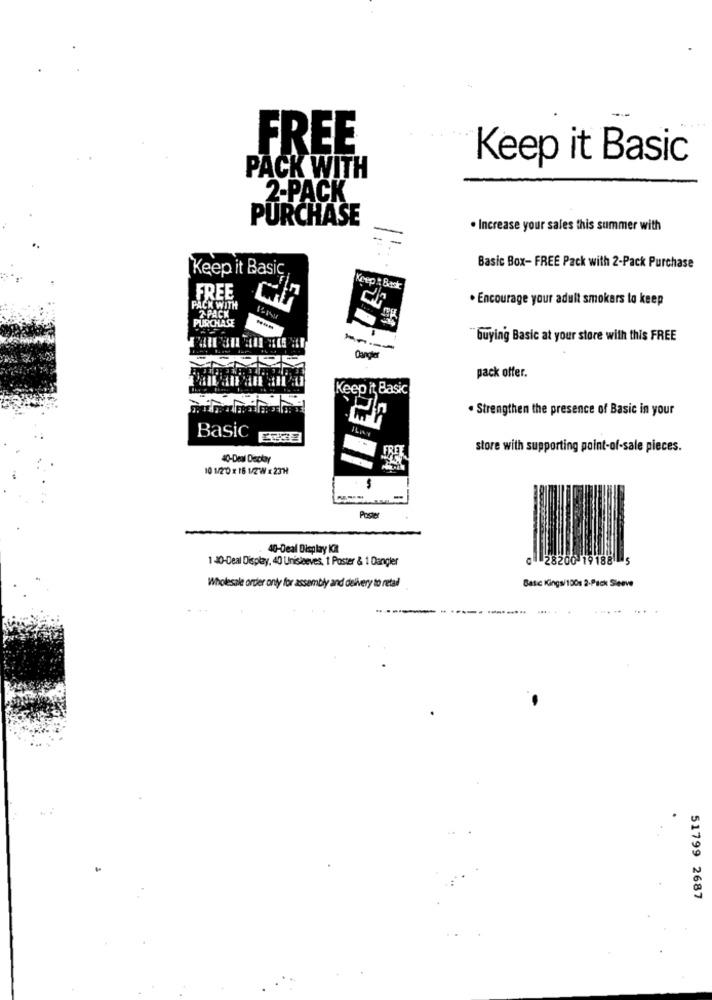
FREE
Keep it Basic
PACK WITH
2-PACK
PURCHASE
. Increase your sales this summer with
Keep it Basic
Basic Box- FREE Pack with 2-Pack Purchase
FREE
. Encourage your adult smokers to keep
PACK WITH
PURCHASE
2-PACK
"buying Basic at your store with this FREE
----
Cangler
pack offer.
Keep it Basic
. Strengthen the presence of Basic in your
Basic E333
store with supporting point-of-sale pieces.
40-Deal Diecikay
10 1/20 x 16 1/2W x 23H
Poster
40-Deal Display Kit
1 -40-Deal Display, 40 Unisleeves, 1 Poster & 1 Dangler
0 28200 19188
Wholesale order only for assembly and delivery to retail
Basic Kings/100s 2-Pack Sleeve
---
...
51799 2687